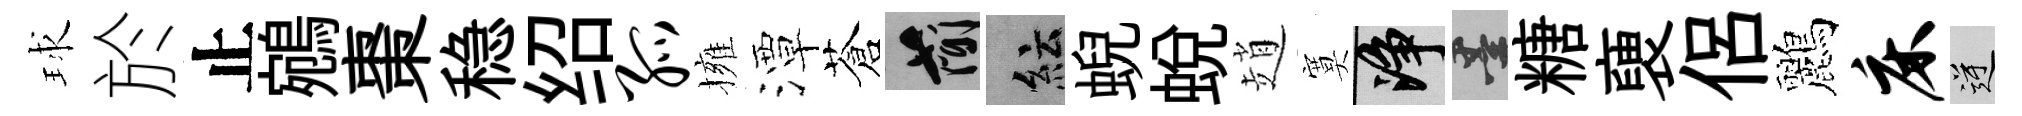
球於止鵷棗稳绍孤擁潭蒼簡紜蜺蜕趙寞净墨糖褏侶鸝床逆